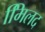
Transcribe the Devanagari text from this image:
मििलद